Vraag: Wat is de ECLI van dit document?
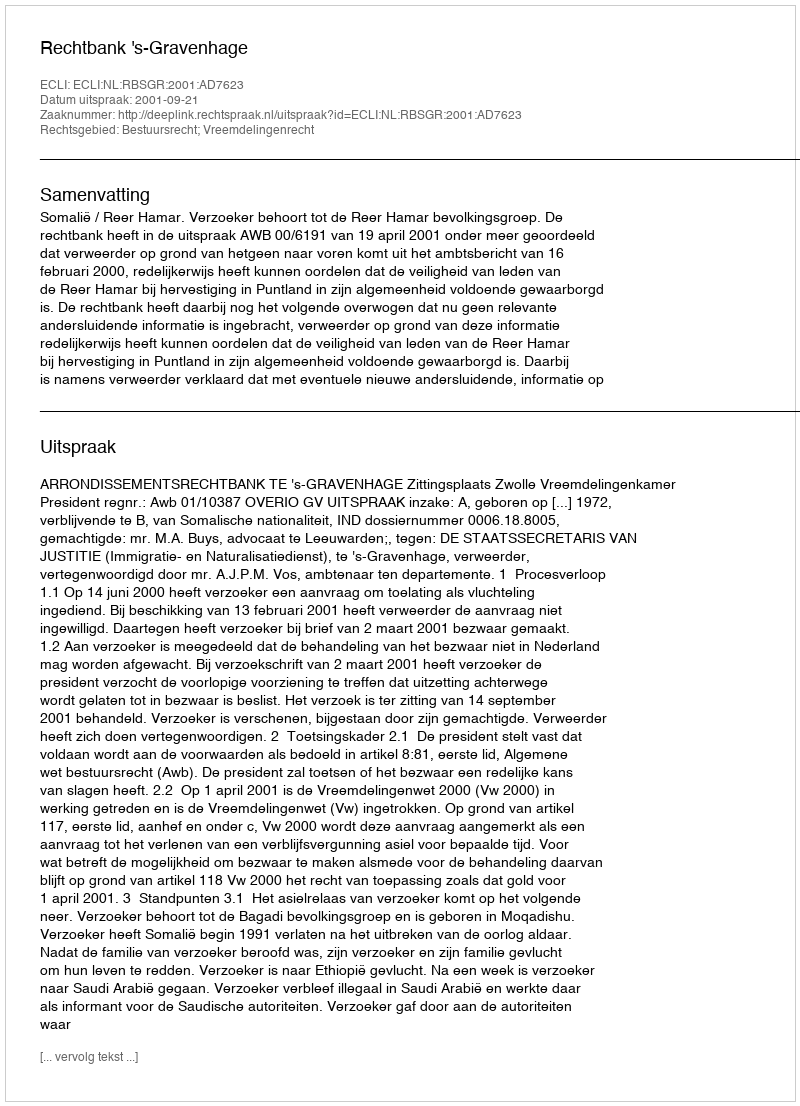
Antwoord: ECLI:NL:RBSGR:2001:AD7623